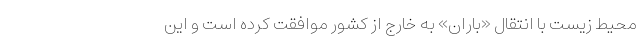
محیط زیست با انتقال «باران» به خارج از کشور موافقت کرده است و این